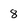
Character: 8